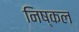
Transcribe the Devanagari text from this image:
निष्कल